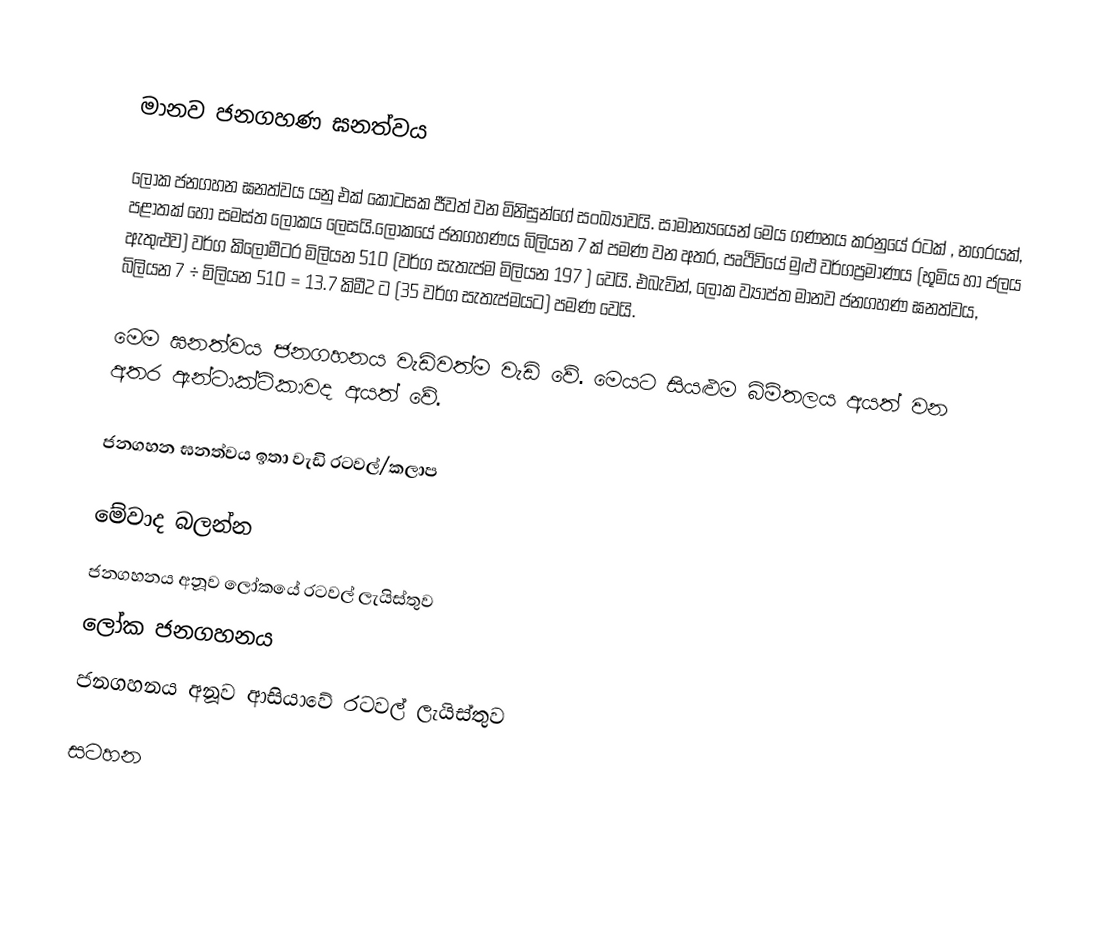

මානව ජනගහණ ඝනත්වය

ලෝක ජනගහන ඝනත්වය යනු එක් කොටසක ජීවත් වන මිනිසුන්ගේ සංඛ්‍යාවයි. සාමාන්‍යයෙන් මෙය ගණනය කරනුයේ රටක් , නගරයක්, පළාතක් හෝ සමස්ත ලෝකය ලෙසයි.ලෝකයේ ජනගහණය බිලියන 7 ක් පමණ වන අතර, පෘථිවියේ මුළු වර්ගප්‍රමාණය  (භූමිය හා ජලය ඇතුළුව) වර්ග කිලෝමීටර මිලියන 510 (වර්ග සැතැප්ම මිලියන 197 ) වෙයි. එබැවින්, ලෝක ව්‍යාප්ත මානව ජනගහණ ඝනත්වය, බිලියන 7 ÷ මිලියන 510 = 13.7 කිමී2 ට (35 වර්ග සැතැප්මයට) පමණ වෙයි.

මෙම ඝනත්වය ජනගහනය වැඩිවත්ම වැඩි වේ. මෙයට සියළුම බිම්තලය අයත් වන අතර ඇන්ටාක්ටිකාවද අයත් වේ.

ජනගහන ඝනත්වය ඉතා වැඩි රටවල්/කලාප

මේවාද බලන්න
ජනගහනය අනූව ලෝකයේ රටවල් ලැයිස්තුව
ලෝක ජනගහනය
ජනගහනය අනූව ආසියාවේ රටවල් ලැයිස්තුව

සටහන